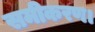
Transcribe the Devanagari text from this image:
समीकरण।